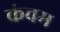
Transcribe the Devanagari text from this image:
कंचम